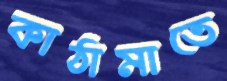
কাঠামাতে